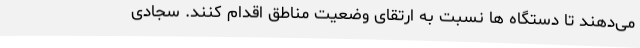
می‌دهند تا دستگاه ها نسبت به ارتقای وضعیت مناطق اقدام کنند. سجادی